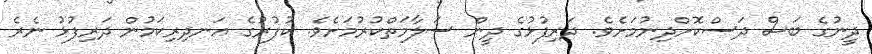
ދީނުގެ ބަސް ދަސްކޮށްދިނުމަށެވެ. ދަރިފުޅުގެ ދީން ސަލާމަތްކުރުމަށެވެ. ކުފުރުގެ އަނދިރިކަމުން ދަރިފުޅު ނެރެ